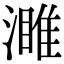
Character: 濉